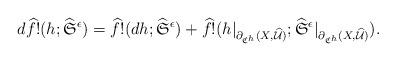
LaTeX: \begin{align*}d \widehat f!(h;\widehat{\frak S}^{\epsilon})=\widehat f!(dh;\widehat{\frak S}^{\epsilon})+\widehat f!(h\vert_{\partial_{\frak C^h} (X,\widehat{\mathcal U})};\widehat{\frak S}^{\epsilon}\vert_{\partial_{\frak C^h} (X,\widehat{\mathcal U})}).\end{align*}